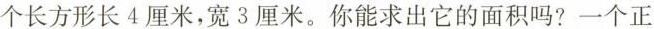
个长方形长4厘米，宽3厘米。你能求出它的面积吗?一个正